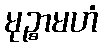
မုဉ္စာမဟံ